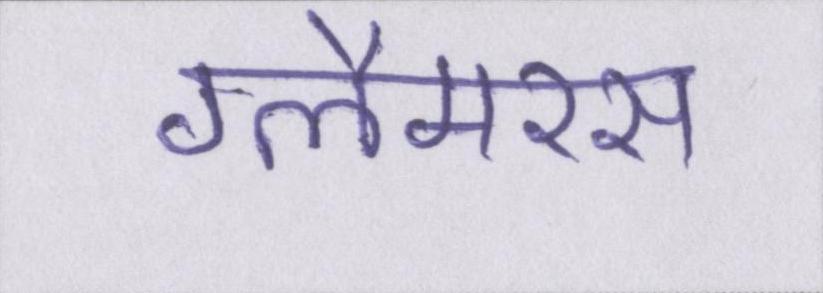
ग्लैमरस